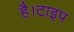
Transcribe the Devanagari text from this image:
है।टाइप